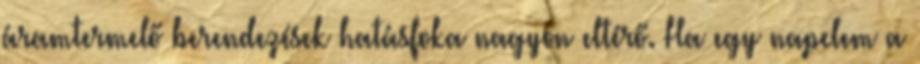
áramtermelő berendezések hatásfoka nagyon eltérő. Ha egy napelem a